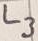
Text: L3